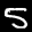
Label: 5